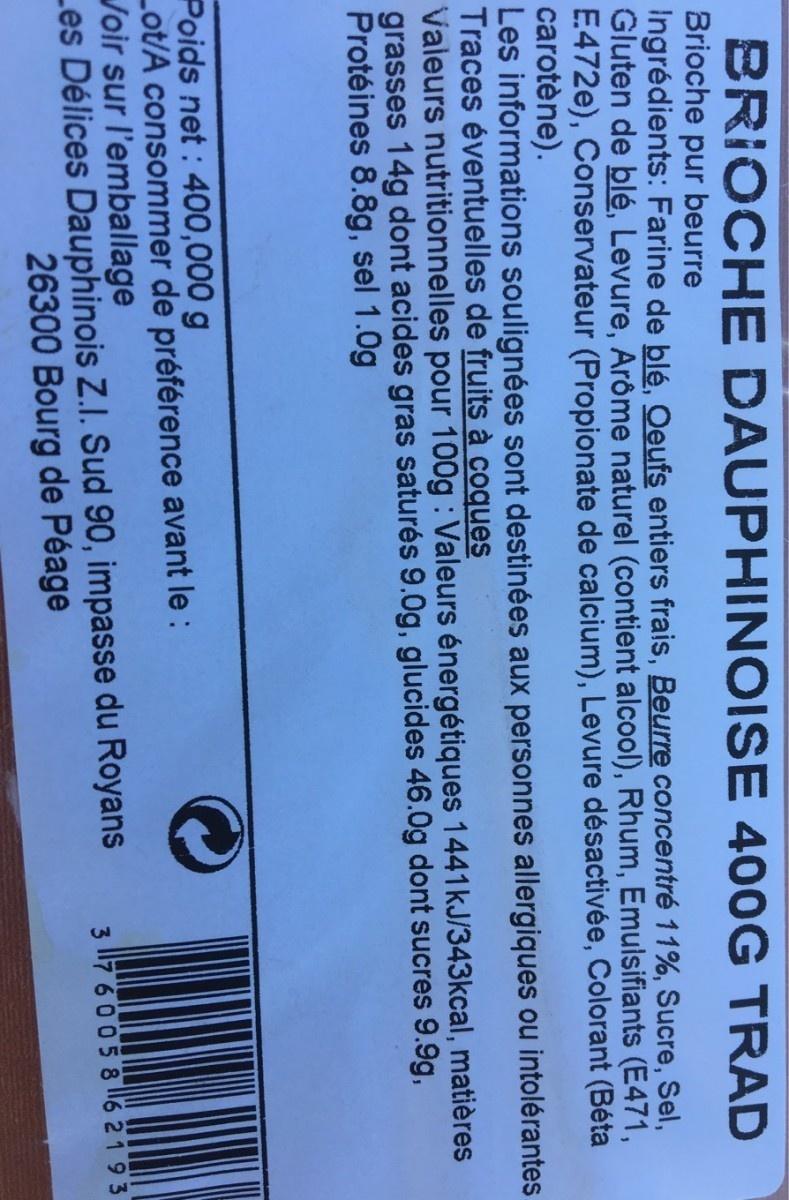
BRIOCHE DAUPHINOISE 400G TRAD Brioche pur beurre Ingrédients: Farine de blé, Oeufs entiers frais, Beurre concentré 11%, Sucre, Sel, Gluten de blé, Levure, Arôme naturel (contient alcool), Rhum, Emulsifiants (E471, E.472e), Conservateur (Propionate de calcium), Levure désactivée, Colorant (Béta carotène). Les informations soulignées sont destinées aux personnes allergiques ou intolérantes Traces éventuelles de fruits à coques Valeurs nutritionnelles pour 100g : Valeurs énergétiques 1441KJ/343kcal, matières grasses 14g dont acides gras saturés 9.0g, glucides 46.0g dont sucres 9.9g, Protéines 8.8g, sel 1.0g
Poids net : 400,000 g Lot/A consommer de préférence avant le : Joir sur l'emballage Les Délices Dauphinois Z.I. Sud 90, impasse du Royans
3 l176005 8 6 2193
26300 Bourg de Péage